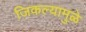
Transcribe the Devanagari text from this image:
जिकल्यामुळे